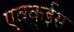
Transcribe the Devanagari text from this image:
एवकुईस